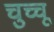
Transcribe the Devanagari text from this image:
चुच्चू